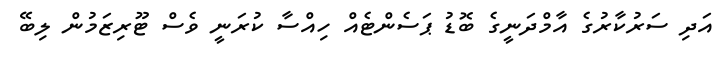
އަދި ސަރުކާރުގެ އާމްދަނީގެ ބޮޑު ޕަސެންޓެއް ހިއްސާ ކުރަނީ ވެސް ޓޫރިޒަމުން ލިބޭ